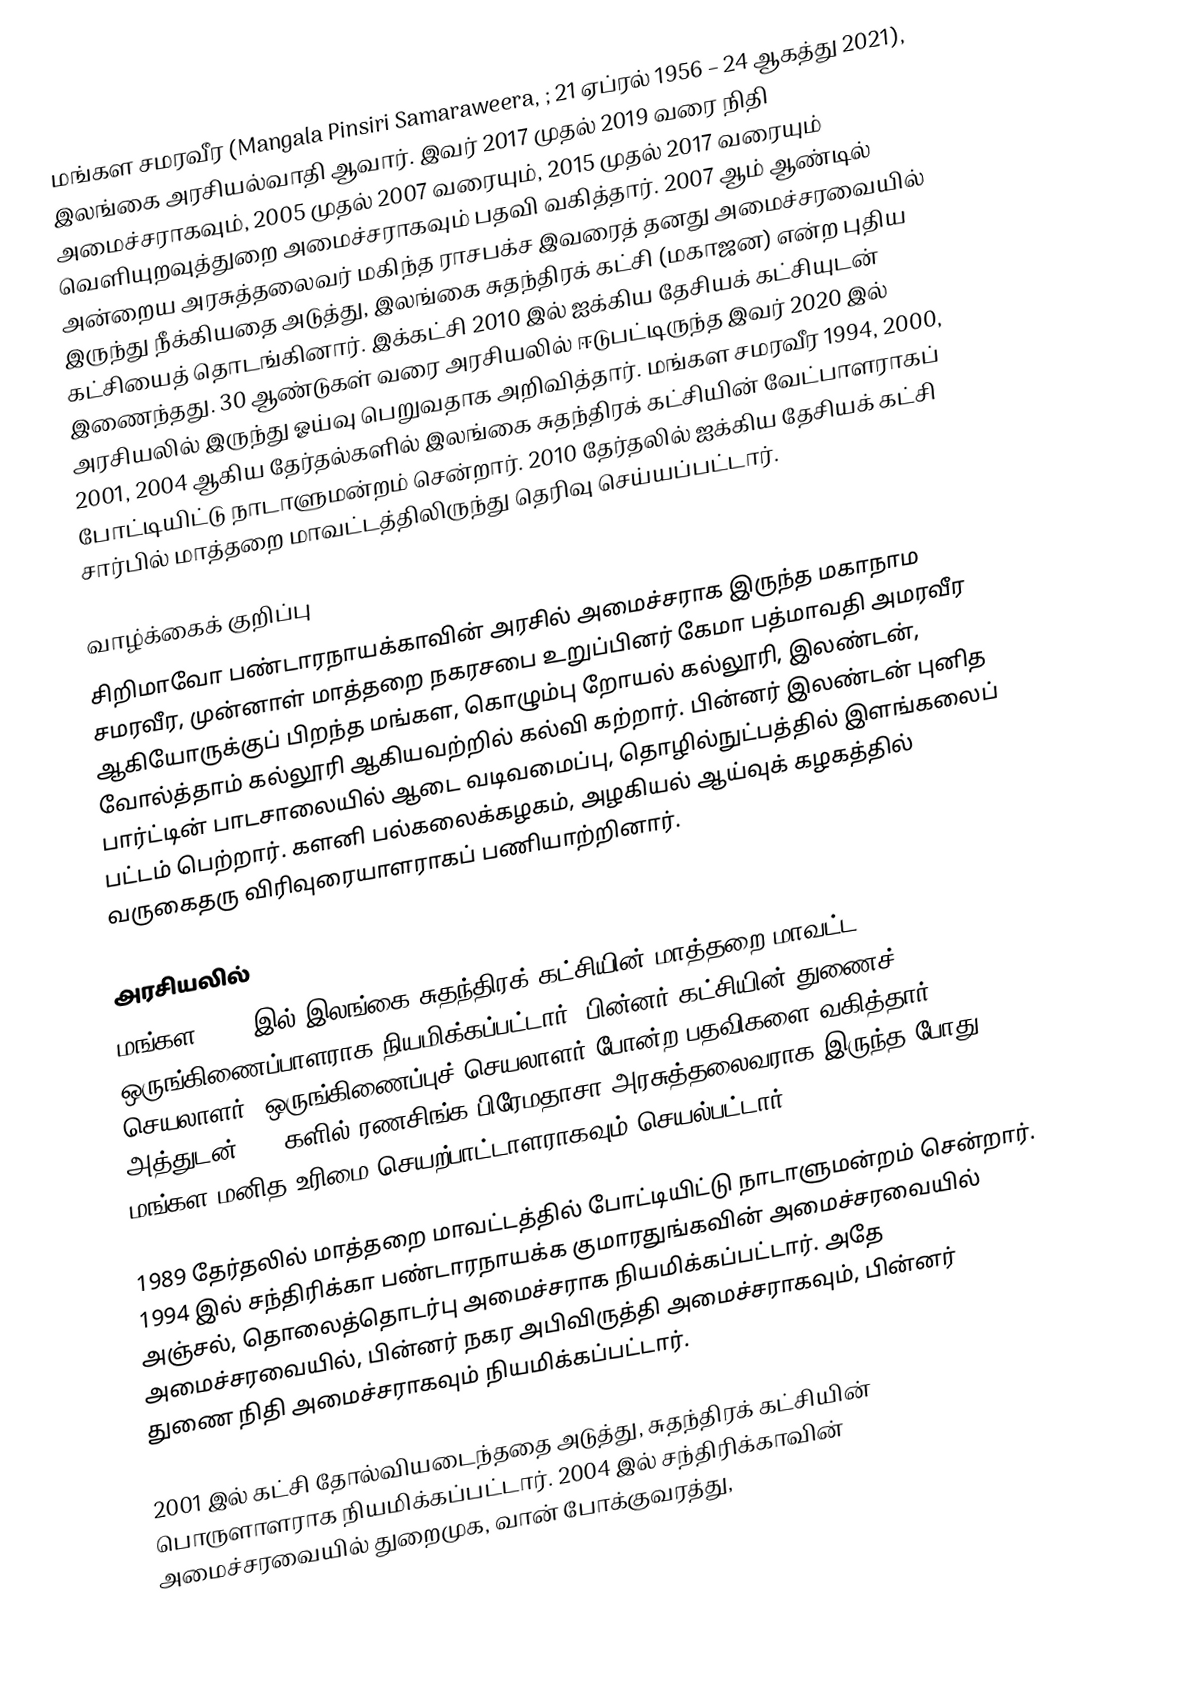
மங்கள சமரவீர (Mangala Pinsiri Samaraweera, ; 21 ஏப்ரல் 1956 – 24 ஆகத்து 2021), இலங்கை அரசியல்வாதி ஆவார். இவர் 2017 முதல் 2019 வரை நிதி அமைச்சராகவும், 2005 முதல் 2007 வரையும், 2015 முதல் 2017 வரையும் வெளியுறவுத்துறை அமைச்சராகவும் பதவி வகித்தார். 2007 ஆம் ஆண்டில் அன்றைய அரசுத்தலைவர் மகிந்த ராசபக்ச இவரைத் தனது அமைச்சரவையில் இருந்து நீக்கியதை அடுத்து, இலங்கை சுதந்திரக் கட்சி (மகாஜன) என்ற புதிய கட்சியைத் தொடங்கினார். இக்கட்சி 2010 இல் ஐக்கிய தேசியக் கட்சியுடன் இணைந்தது. 30 ஆண்டுகள் வரை அரசியலில் ஈடுபட்டிருந்த இவர் 2020 இல் அரசியலில் இருந்து ஓய்வு பெறுவதாக அறிவித்தார். மங்கள சமரவீர 1994, 2000, 2001, 2004 ஆகிய தேர்தல்களில் இலங்கை சுதந்திரக் கட்சியின் வேட்பாளராகப் போட்டியிட்டு நாடாளுமன்றம் சென்றார். 2010 தேர்தலில் ஐக்கிய தேசியக் கட்சி சார்பில் மாத்தறை மாவட்டத்திலிருந்து தெரிவு செய்யப்பட்டார்.

வாழ்க்கைக் குறிப்பு
சிறிமாவோ பண்டாரநாயக்காவின் அரசில் அமைச்சராக இருந்த மகாநாம சமரவீர, முன்னாள் மாத்தறை நகரசபை உறுப்பினர் கேமா பத்மாவதி அமரவீர ஆகியோருக்குப் பிறந்த மங்கள, கொழும்பு றோயல் கல்லூரி, இலண்டன், வோல்த்தாம் கல்லூரி ஆகியவற்றில் கல்வி கற்றார். பின்னர் இலண்டன் புனித பார்ட்டின் பாடசாலையில் ஆடை வடிவமைப்பு, தொழில்நுட்பத்தில் இளங்கலைப் பட்டம் பெற்றார். களனி பல்கலைக்கழகம், அழகியல் ஆய்வுக் கழகத்தில் வருகைதரு விரிவுரையாளராகப் பணியாற்றினார்.

அரசியலில்
மங்கள 1983 இல் இலங்கை சுதந்திரக் கட்சியின் மாத்தறை மாவட்ட ஒருங்கிணைப்பாளராக நியமிக்கப்பட்டார். பின்னர் கட்சியின் துணைச் செயலாளர், ஒருங்கிணைப்புச் செயலாளர் போன்ற பதவிகளை வகித்தார். அத்துடன் 1980களில் ரணசிங்க பிரேமதாசா அரசுத்தலைவராக இருந்த போது, மங்கள மனித உரிமை செயற்பாட்டாளராகவும் செயல்பட்டார்.

1989 தேர்தலில் மாத்தறை மாவட்டத்தில் போட்டியிட்டு நாடாளுமன்றம்  சென்றார். 1994 இல் சந்திரிக்கா பண்டாரநாயக்க குமாரதுங்கவின் அமைச்சரவையில் அஞ்சல், தொலைத்தொடர்பு அமைச்சராக நியமிக்கப்பட்டார். அதே அமைச்சரவையில், பின்னர் நகர அபிவிருத்தி அமைச்சராகவும், பின்னர் துணை நிதி அமைச்சராகவும் நியமிக்கப்பட்டார்.

2001 இல் கட்சி தோல்வியடைந்ததை அடுத்து, சுதந்திரக் கட்சியின் பொருளாளராக நியமிக்கப்பட்டார். 2004 இல் சந்திரிக்காவின் அமைச்சரவையில் துறைமுக, வான் போக்குவரத்து,